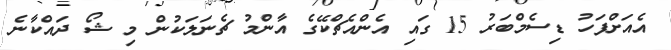
އެއަށްފަހު ޑިސެމްބަރު 15 ގައި އެންއެޗްކޭގެ އާންމު ޗެނަލަކުން މި ޝޯ ދައްކާނެ